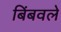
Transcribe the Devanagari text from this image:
बिंबवले